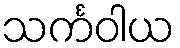
သင်္ကဝါယ